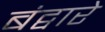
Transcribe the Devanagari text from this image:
बंट्वारे